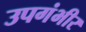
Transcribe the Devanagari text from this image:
उपगंभीर